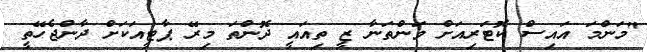
"މަންމަ އައިސް ކޮޓަރިއަށް ވަންތަނާ ޒީ ތިއައީ ދޮންތަ މިރޭ ޕާޓީއަކަށް ދާންޖެހޭތީ